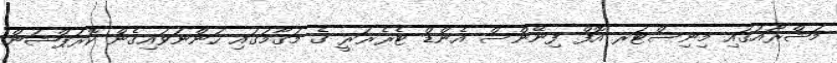
މަޝްރޫއުގައި މިނިސްޓަރ އޮފް ފިނޭންސް އެންޑް ޓެރެޜަރީ ގެ މަގާމުގައި ހުންނަވައިގެން ކޮރަޕްޝަން